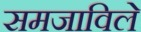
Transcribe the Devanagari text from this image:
समजाविले